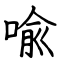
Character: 喩